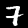
Digit: 7